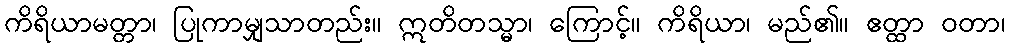
ကိရိယာမတ္တာ၊ ပြုကာမျှသာတည်း။ ဣတိတသ္မာ၊ ကြောင့်။ ကိရိယာ၊ မည်၏။ ဧတ္ထာ ဝတာ၊